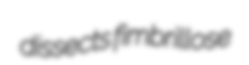
dissects fimbrillose